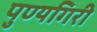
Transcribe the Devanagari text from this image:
पुण्यगिरी